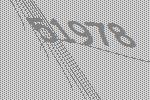
51978